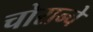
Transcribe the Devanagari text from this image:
चोरान्वे